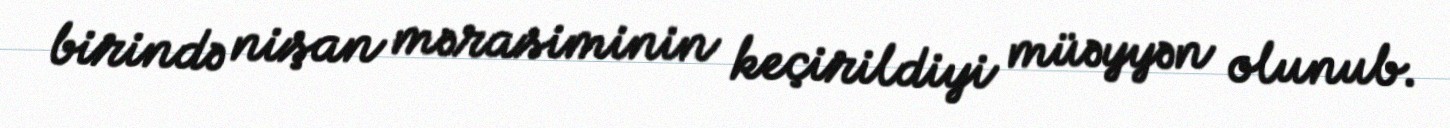
birində nişan mərasiminin keçirildiyi müəyyən olunub.